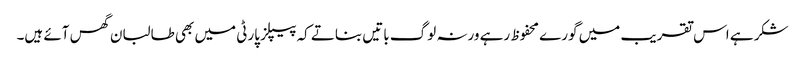
شکر ہے اس تقریب میں گورے محفوظ رہے ورنہ لوگ باتیں بناتے کہ پیپلز پارٹی میں بھی طالبان گھس آئے ہیں۔